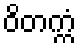
ဝိတက္ကံ